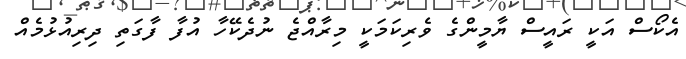
އެކޯސް އަކީ ރައީސް ޔާމީންގެ ވެރިކަމަކީ މިރާއްޖެ ނުދެކޭހާ އުފާ ފާގަތި ދިރިއުޅުމެއް